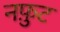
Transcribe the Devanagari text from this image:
नफ़ुट